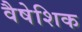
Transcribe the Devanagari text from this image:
वैषेशिक